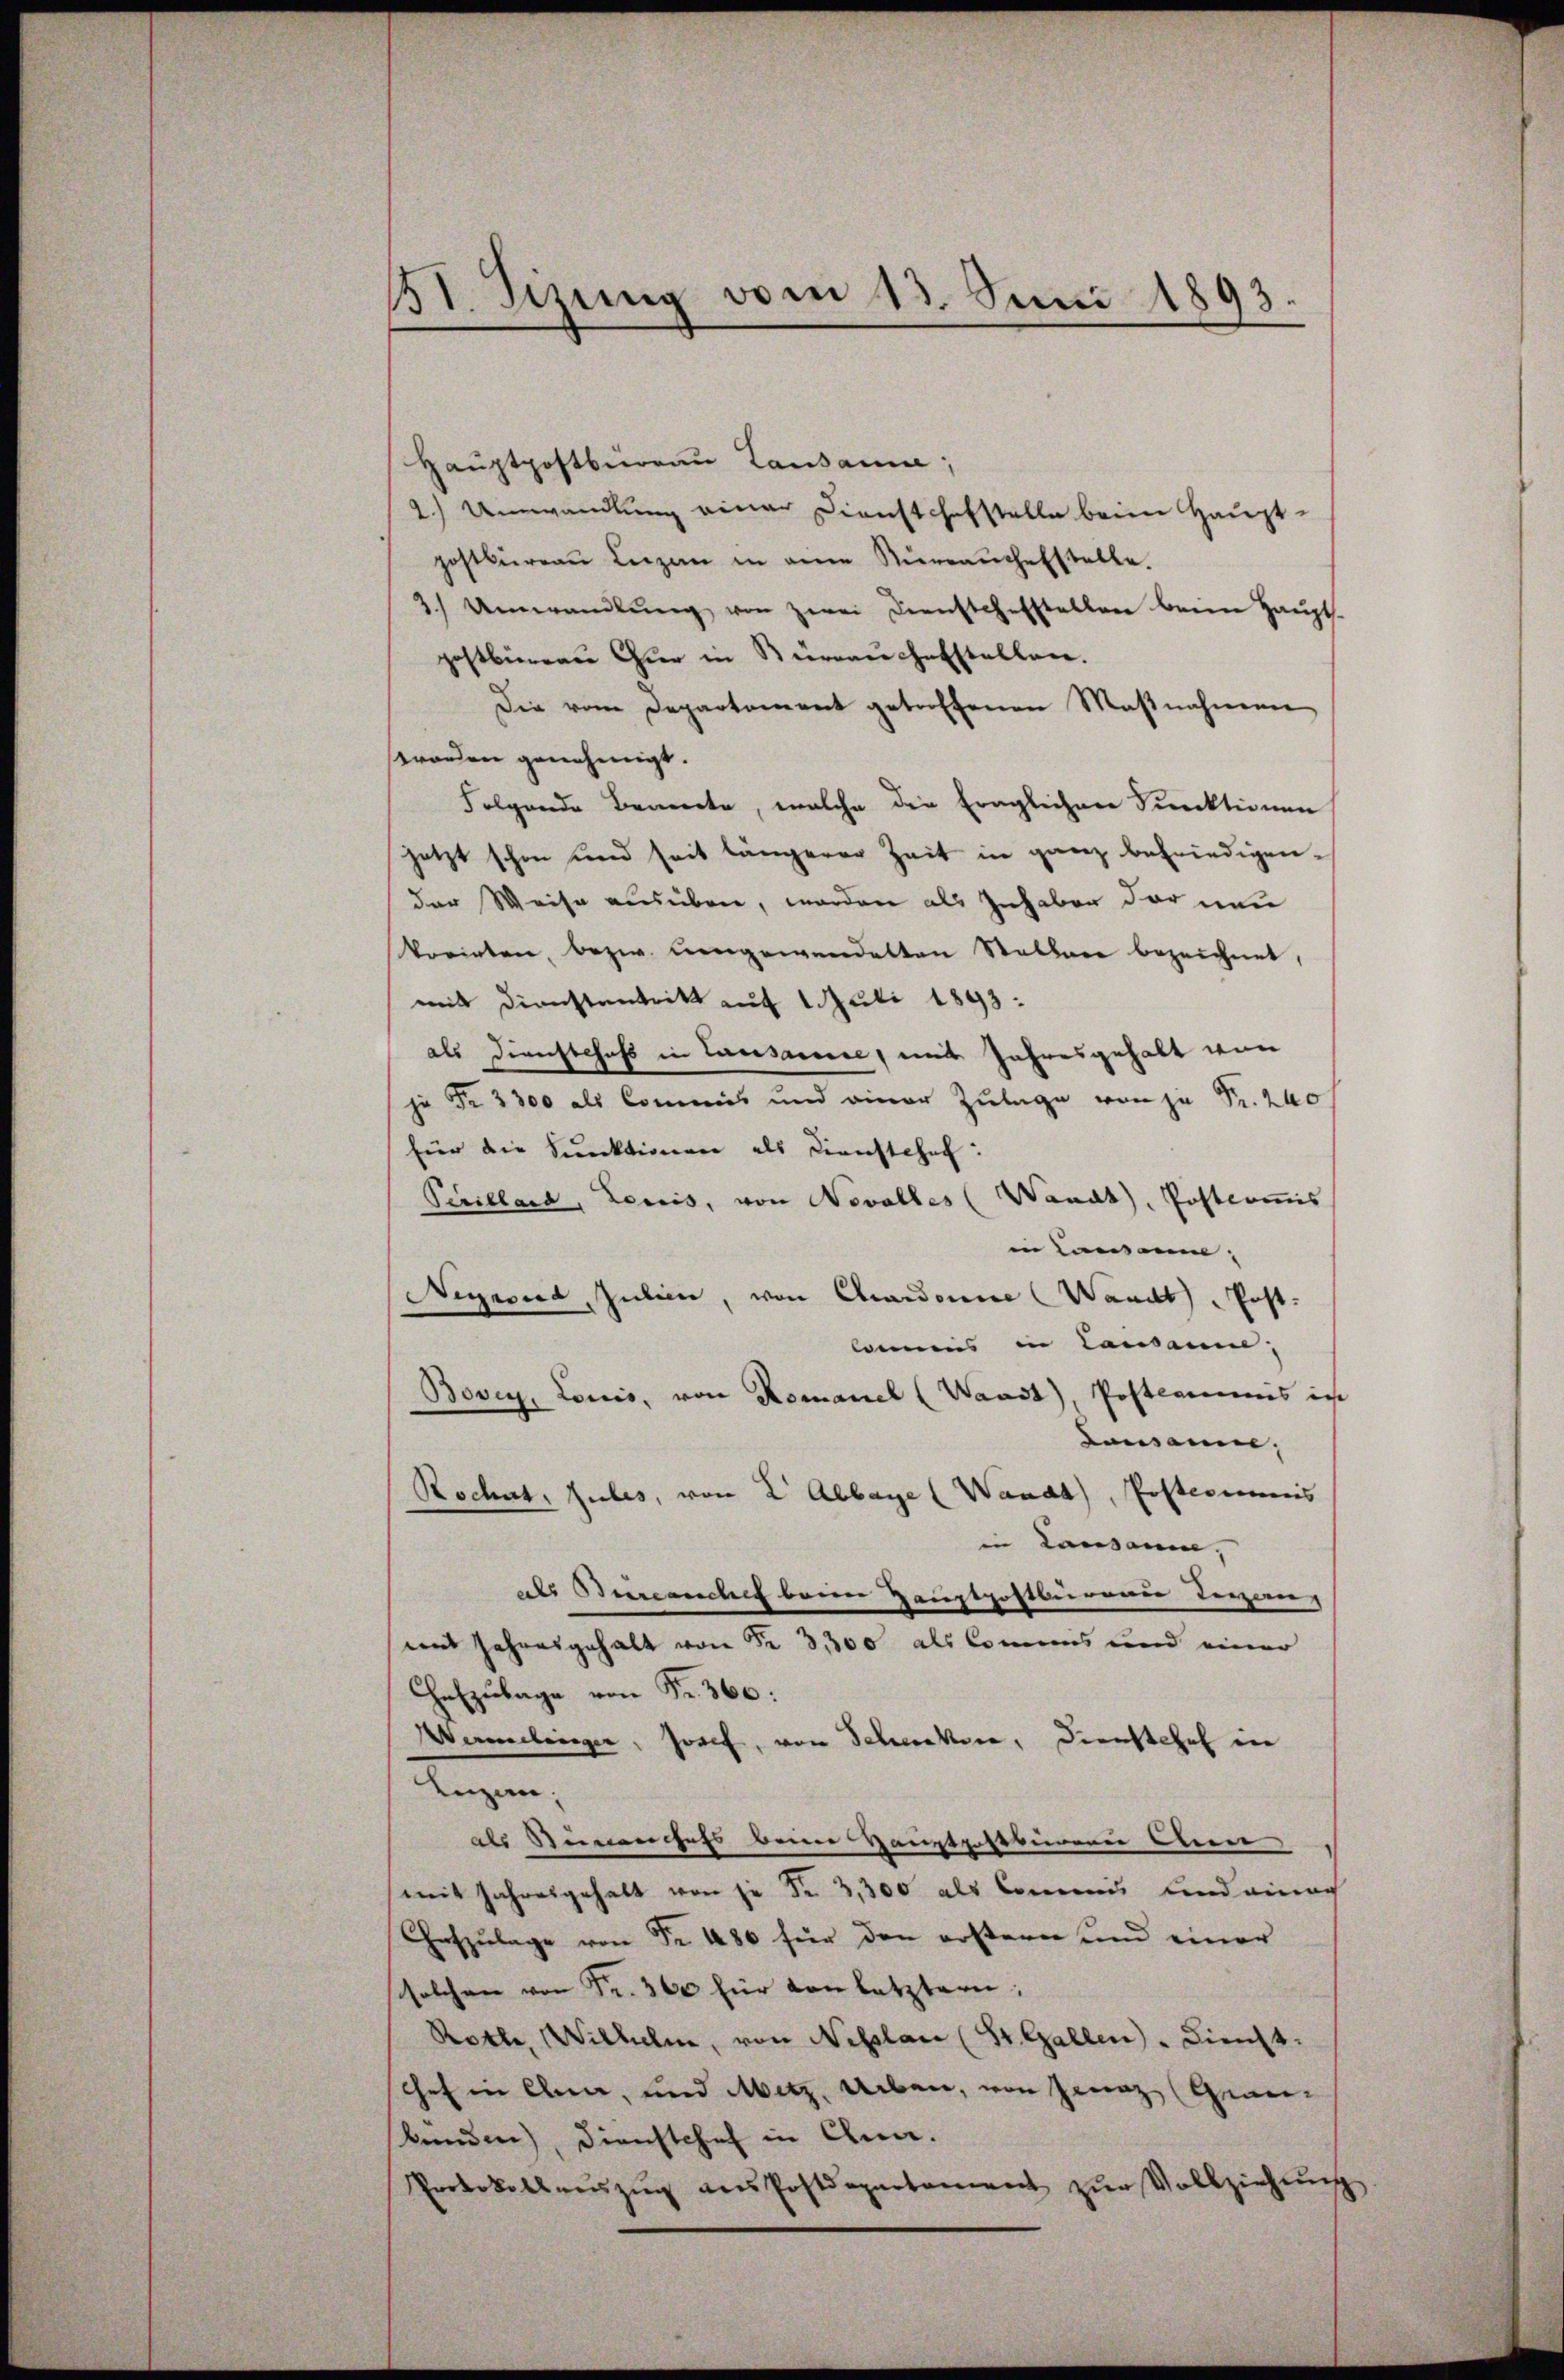
131. Sizung vom 13. Juni 1893.

Haŭptpostbureau Lausanne;
2.) Umwandlung einer Dienstchefstelle beim Hauptpostbüreau Liezen in eine Nürrauchestelle.
3) Umwandlŭng von zwei Diensteherstellen beim Haŭpts.
postbüreau Chur in Sürrauchefstellen.
Die vom Departement getroffenen Maβnahmen
worden genehmigt.
Folgende Benente, welche die fraglichen Direktionen
jetzt schon und seit längerer Zeit in ganz befriedigender Weise ausüben, worden als Inhaber der neu
korirten, bezw. Ungewandelten Staller bezeichnet,
mit Dienstentritt auf Apuli 1893.
als Dienstchaft in Lausanne, mit Jahresgehalt von
je Fr. 3300 als Commis und einer Zulage von zu Fr. 240
für die Funktionare als Dienstehet:
Pevilland, Lenis, von Novalles (Waadt, Postkommis
in Lausanne,
Nigeid, Julien, von Canonie (Waadt, Post-
Commis in Lausanne;
Bover, Louis, von Romanel (Waadt, Postermis in
demanne.
Rochet, zules, von 2 Abbaye (Waadt, Posteris
in Landamm,
als Biireanchef beim Haustpostburene Teran
und Jahresgehalt von Fr. 3300 als Commis und einer
Ceszulage von Fr. 360:
Wermelinger, Josef, von Schecker, Dienstehe in
Inzan;
als Stimmenchefs beim Haustpostbürgen Ann
mit Jahresgehalt von je Fr. 3,300 als Commis und einach
Ceszulage von Fr. 486 für den erstern und einer
solchen von Fr. 300 für von letztern:
Rolle, Wilhelm, von Neslau (St. Gallen. Dienst.
Chef in eben, und Metz, aben, von Jenaz Graubunden), Dienstchef in Olna.
Protokollaŭszŭg ans Postdepartement zŭr Vollziehŭng